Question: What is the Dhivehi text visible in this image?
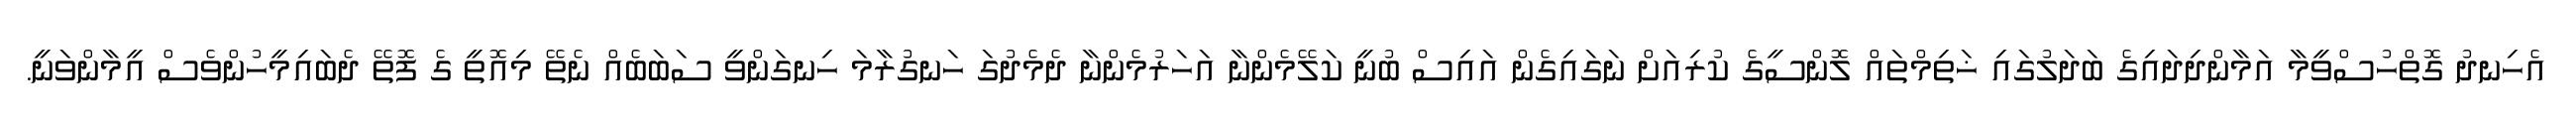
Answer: އެހިނދު ގޮތްހުސްވީމާ އަމާންދިދައިގެ ބަދަލުގައި ޚަތިމްތައް ލޮންސީގެ ކުރިއަށް ނަގައިގެން އައިސް ބުނީ ކަލޭމެންނާ އަހަރުމެންނާ ދެމެދުގަ ހަނގުރާމަ ހިނގަންވީ ސަބަބެއް ނެތޭ މިއޮތީ ގެ ފޮތޭ ދެބައިމީހުންވެސް އީމާންވަނީ.